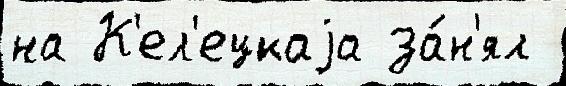
на К'ел'ецкаjа за́н'ял